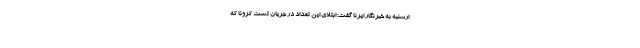
ارشنبه به خبرنگار ایرنا گفت: ابتلای این تعداد در جریان تست کرونا که